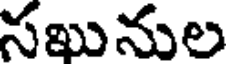
సఖునుల